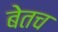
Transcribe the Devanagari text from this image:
बेतच